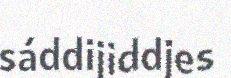
sáddijiddjes